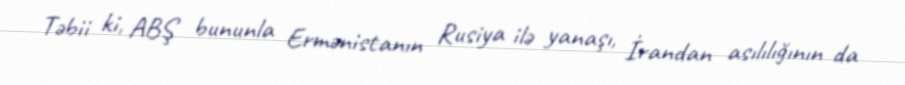
Təbii ki, ABŞ bununla Ermənistanın Rusiya ilə yanaşı, İrandan asılılığının da